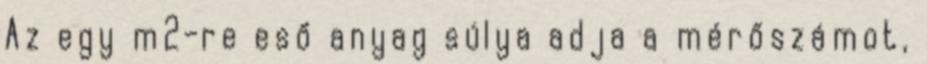
Az egy m2-re eső anyag súlya adja a mérőszámot,